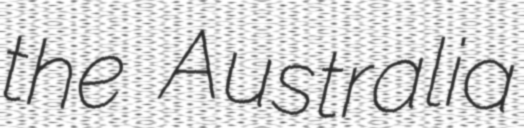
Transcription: the Australia